Vaccination in Burma 1900-1911 - 1900-1911
Year: 1900
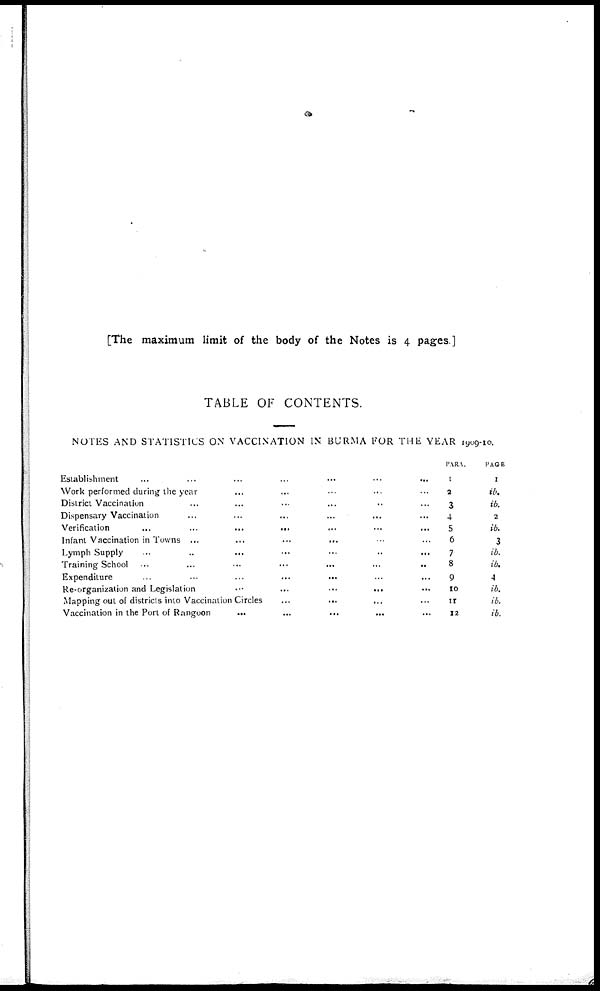
[The maximum limit of the body of the Notes is 4 pages.]
TABLE OF CONTENTS.
NOTES AND STATISTICS ON VACCINATION IN BURMA FOR THE YEAR 1909-10.
Establishment ... ... ... ...
Work performed during the year ... ... ... ...
District Vaccination ... ... ... ...
Dispensary Vaccination ... ... ... ...
Verification
...
...
...
Infant Vaccination in Towns ... ... ... ...
Lymph Supply ... ... ... ...
Training School
...
...
...
...
Expenditure
...
...
...
...
Re-organization and Legislation
...
...
...
...
Mapping out of districts into Vaccination Circles
...
...
...
...
Vaccination in the Port of Rangoon
...
...
...
...
PARA.
1
2
3
4
5
6
7
8
9
10
11
12
PAGE
1
ib.
ib.
2
ib.
3
ib.
ib.
4
ib.
ib.
ib.